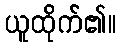
ယူထိုက်၏။